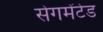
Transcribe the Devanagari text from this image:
सेगमेंटेड